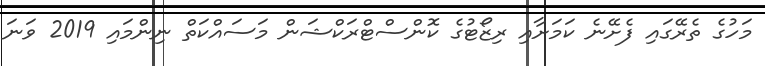
މަހުގެ ތެރޭގައި ފެށޭނެ ކަމަށާއި ރިޒޯޓުގެ ކޮންސްޓްރަކްޝަން މަސައްކަތް ނިންމައި 2019 ވަނަ